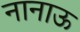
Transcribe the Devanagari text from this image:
नानाऊ